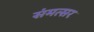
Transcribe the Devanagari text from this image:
संमत्सर